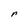
Character: r